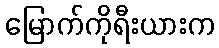
မြောက်ကိုရီးယားက